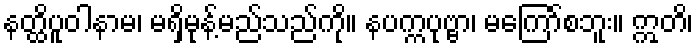
နတ္ထိပူဝါနာမ၊ မရှိမုန့်မည်သည်ကို။ နပက္ကပုဗ္ဗာ၊ မကြော်စဘူး။ ဣတိ၊